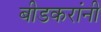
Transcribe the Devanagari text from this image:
बीडकरांनी